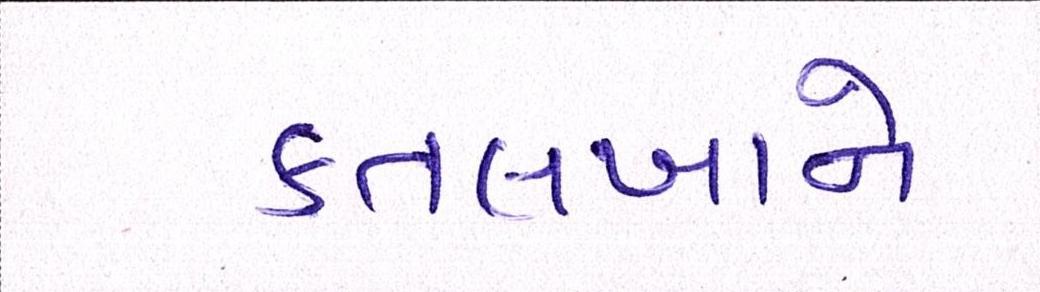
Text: કતલખાને